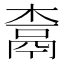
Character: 𰘇